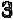
3